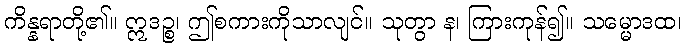
ကိန္နရာတို့၏။ ဣဒဉ္စ၊ ဤစကားကိုသာလျင်။ သုတွာ န၊ ကြားကုန်၍။ သမ္မောဒထ၊